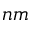
n m